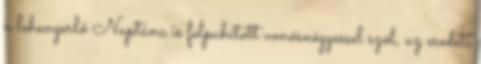
a lehengerlő Naptánc is felpuhított vonósnégyessel szól, az eredeti